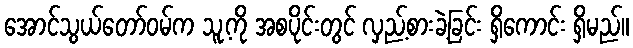
အောင်သွယ်တော်ဝမ်က သူ့ကို အစပိုင်းတွင် လှည့်စားခဲ့ခြင်း ရှိကောင်း ရှိမည်။